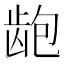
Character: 龅